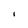
Character: I